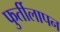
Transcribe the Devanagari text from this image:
फुर्तीलापन